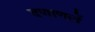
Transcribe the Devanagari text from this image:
दणाणलें